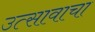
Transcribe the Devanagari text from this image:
उत्सावाचा